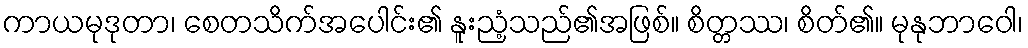
ကာယမုဒုတာ၊ စေတသိက်အပေါင်း၏ နူးညံ့သည်၏အဖြစ်။ စိတ္တဿ၊ စိတ်၏။ မုနုဘာဝေါ၊